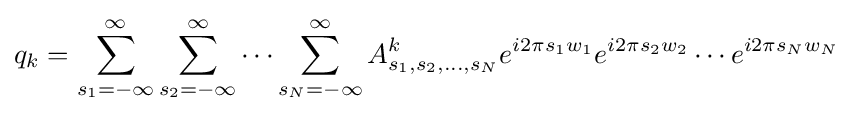
q_{k}=\sum _{s_{1}=-\infty }^{\infty }\sum _{s_{2}=-\infty }^{\infty }\cdots \sum _{s_{N}=-\infty }^{\infty }A_{s_{1},s_{2},\ldots ,s_{N}}^{k}e^{i2\pi s_{1}w_{1}}e^{i2\pi s_{2}w_{2}}\cdots e^{i2\pi s_{N}w_{N}}